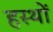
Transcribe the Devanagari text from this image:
हस्थों